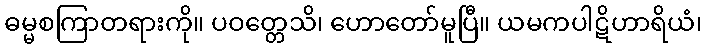
ဓမ္မစကြာတရားကို။ ပဝတ္တေသိ၊ ဟောတော်မူပြီ။ ယမကပါဋိဟာရိယံ၊